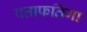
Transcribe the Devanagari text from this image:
पत्ताफतिंगा